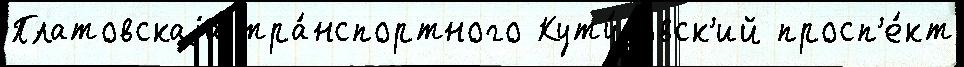
Платовскаjа тра́нспортного Куту́зовск'ий просп'е́кт